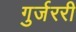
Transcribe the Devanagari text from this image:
गुर्जररी